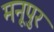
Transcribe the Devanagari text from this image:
मनूपुर